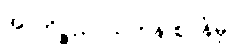
အာကိဉ္စညာယတန ဈာန်မှ